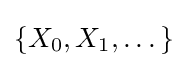
\left\{X_{0},X_{1},\dots \right\}